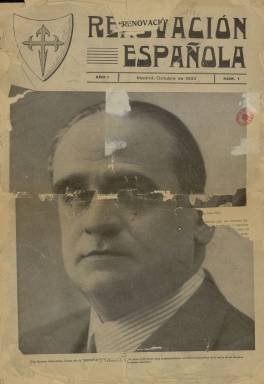
Título: Renovación Española (Madrid. 1933)
Colección: Revistas de información general
Ámbito geográfico: Madrid
Lugar de publicación: Madrid
Fechas: 01/10/1933-31/01/1935

El original se encuentra en muy mal estado de conservación. Algunas páginas están pegadas y no se pueden mostrar al completo.